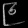
Digit: ၉